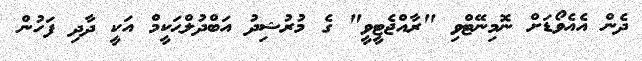
ދެން އެއެވޯޑަށް ނޮމިނޭޓްވި "ރާއްޖެޓީވީ" ގެ މުރުޝިދު އަބްދުލްޙަކީމް އަކީ ދާދި ފަހުން